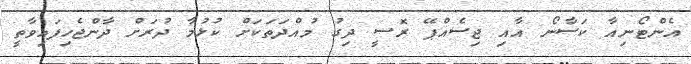
އެންޓޯނިއާ ކަސާނޯ އާއި ޖިސެއްޕޭ ރޮސީ ދިގު މުއްދަތަކަށް ކުޅުމާ ދުރަށް ދާންޖެހިފައިވާތީ